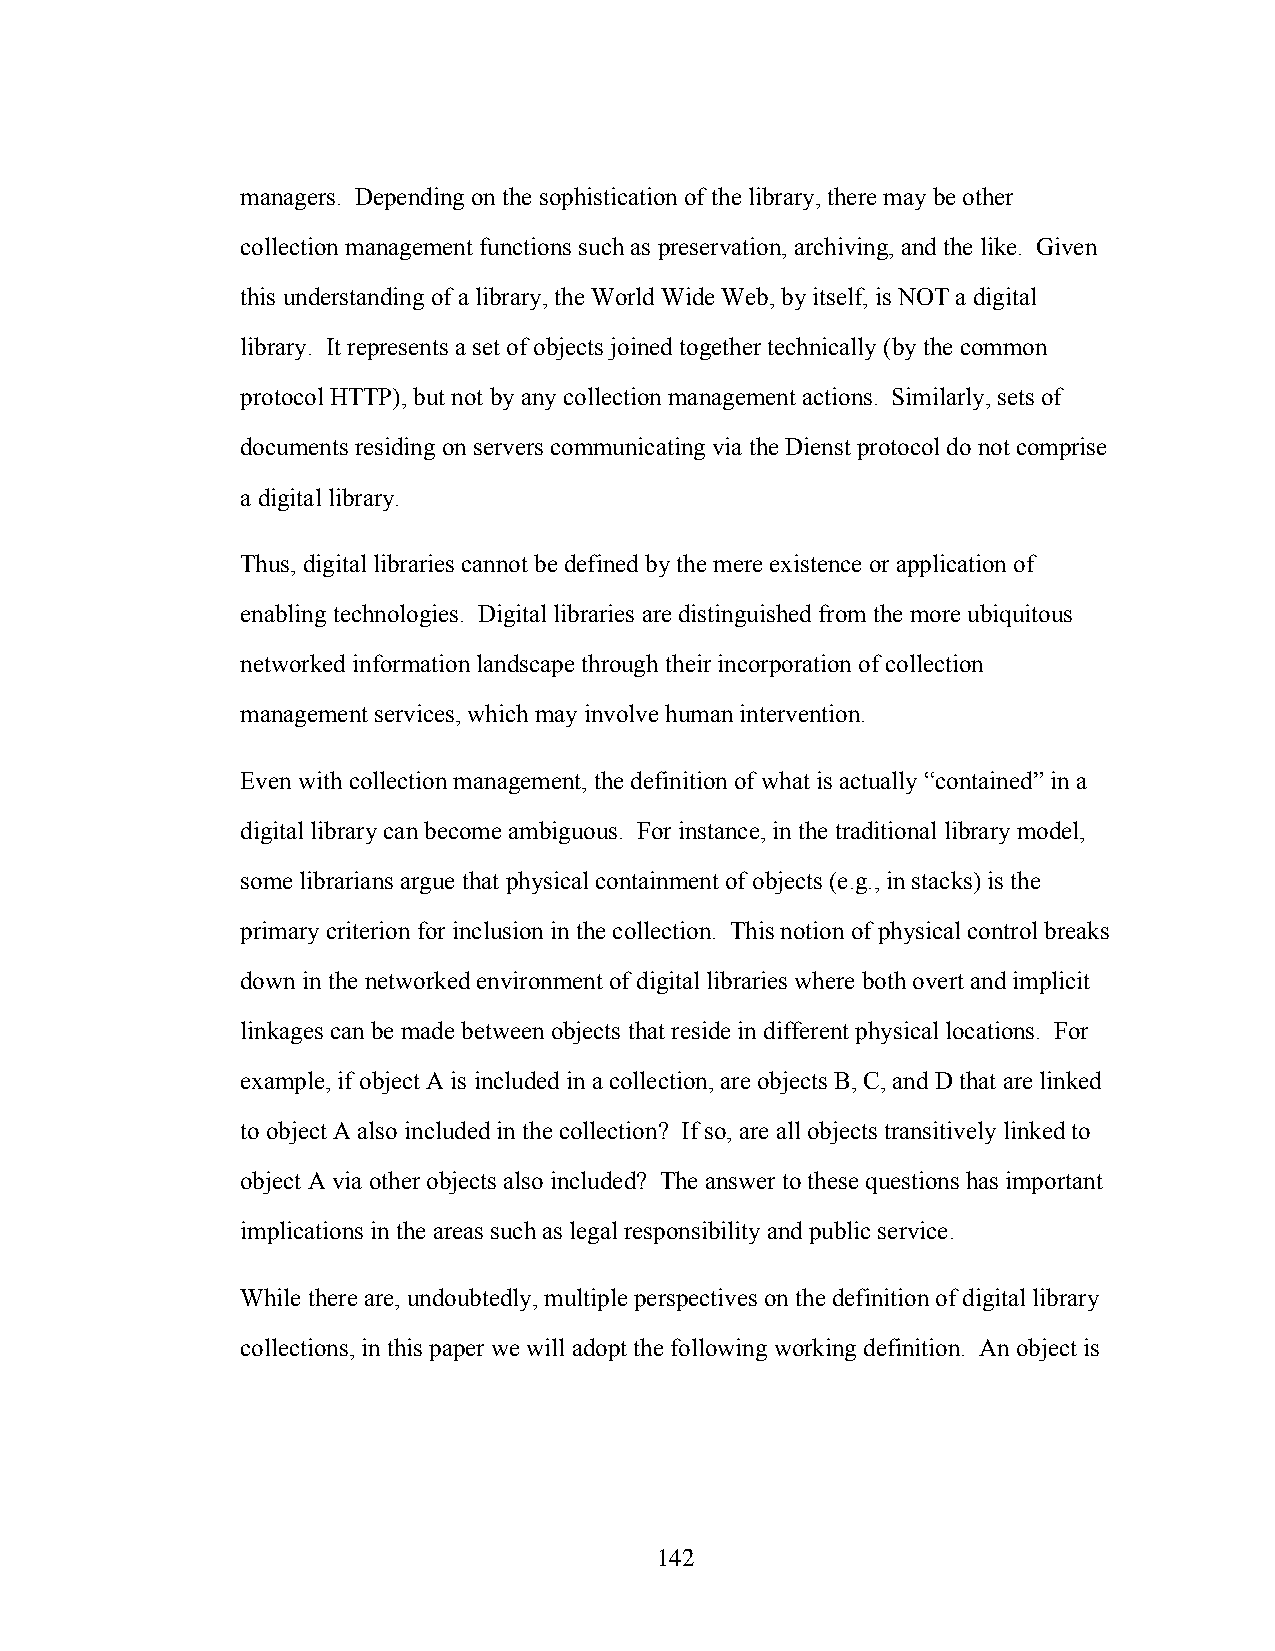
managers. Depending on the sophistication of the library, there may be other
 collection management functions such as preservation, archiving, and the like. Given
 this understanding of a library, the World Wide Web, by itself, is NOT a digital
 library. It represents a set of objects joined together technically (by the common
 protocol HTTP), but not by any collection management actions. Similarly, sets of
 documents residing on servers communicating via the Dienst protocol do not comprise
 a digital library.
 Thus, digital libraries cannot be defined by the mere existence or application of
 enabling technologies. Digital libraries are distinguished from the more ubiquitous
 networked information landscape through their incorporation of collection
 management services, which may involve human intervention.
 Even with collection management, the definition of what is actually “contained” in a
 digital library can become ambiguous. For instance, in the traditional library model,
 some librarians argue that physical containment of objects (e.g., in stacks) is the
 primary criterion for inclusion in the collection. This notion of physical control breaks
 down in the networked environment of digital libraries where both overt and implicit
 linkages can be made between objects that reside in different physical locations. For
 example, if object A is included in a collection, are objects B, C, and D that are linked
 to object A also included in the collection? If so, are all objects transitively linked to
 object A via other objects also included? The answer to these questions has important
 implications in the areas such as legal responsibility and public service.
 While there are, undoubtedly, multiple perspectives on the definition of digital library
 collections, in this paper we will adopt the following working definition. An object is
 142